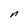
Character: n